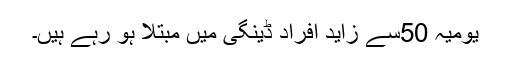
یومیہ 50سے زاید افراد ڈینگی میں مبتلا ہو رہے ہیں۔